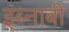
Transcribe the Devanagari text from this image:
इब्नाबी